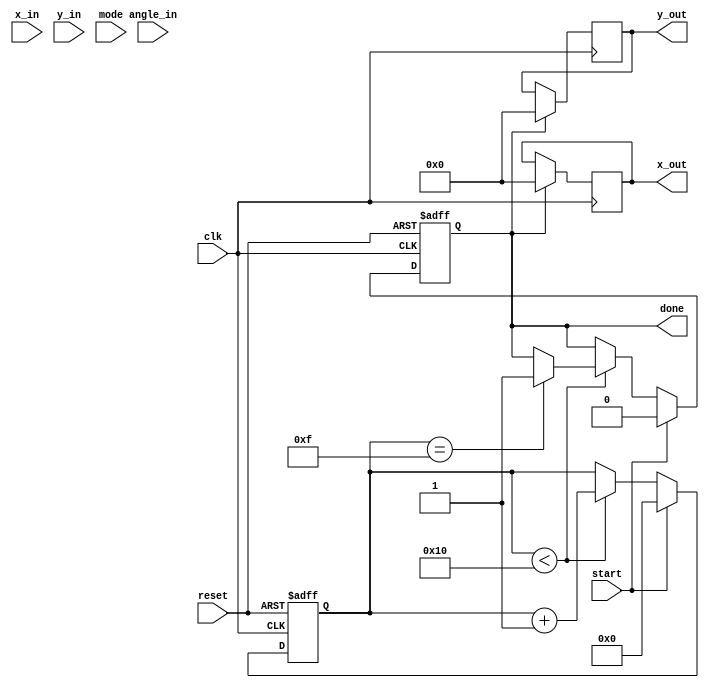
module cordic (
    input wire clk,
    input wire reset,
    input wire [15:0] x_in,      // Fixed-point x component
    input wire [15:0] y_in,      // Fixed-point y component
    input wire [15:0] angle_in,  // Fixed-point angle input (for rotation mode)
    input wire mode,             // 0 for rotation mode, 1 for vectoring mode
    input wire start,            // Start signal for processing
    output reg [15:0] x_out,     // Output x component (cosine or x result)
    output reg [15:0] y_out,     // Output y component (sine or y result)
    output reg done              // Processing done signal
);

parameter NUM_ITERATIONS = 16;  // Number of CORDIC iterations
parameter FIXED_POINT_SCALE = 16'h000B8D; // Scaling factor (1/K)

reg [15:0] x_reg, y_reg, z_reg;
reg [3:0] iteration_count;
reg [NUM_ITERATIONS-1:0] angle_lut [0:NUM_ITERATIONS-1]; // LUT for arctangent values

initial begin
    // Initializing the arctangent LUT for CORDIC gains
    angle_lut[0] = 16'h0001C7; // atan(2^-0) = 45 degrees in fixed-point
    angle_lut[1] = 16'h0000B5; // atan(2^-1) = 26.565 degrees in fixed-point
    angle_lut[2] = 16'h00005C; // atan(2^-2) = 14.036 degrees in fixed-point
    angle_lut[3] = 16'h00002E; // atan(2^-3) = 7.125 degrees in fixed-point
    // Continue initializing as needed...
end

always @(posedge clk or posedge reset) begin
    if (reset) begin
        x_reg <= 0;
        y_reg <= 0;
        z_reg <= 0;
        iteration_count <= 0;
        done <= 0;
    end else if (start) begin
        // Initialize values based on mode
        if (mode == 0) begin // Rotation mode
            x_reg <= x_in;
            y_reg <= y_in;
            z_reg <= angle_in;
        end else begin // Vectoring mode
            x_reg <= x_in;
            y_reg <= y_in;
            z_reg <= 0; // No initial angle
        end
        
        iteration_count <= 0;
        done <= 0;
    end else if (iteration_count < NUM_ITERATIONS) begin
        if (mode == 0) begin // Rotation mode
            if (z_reg < 0) begin
                // Rotate counterclockwise
                x_reg <= x_reg + (y_reg >> iteration_count);
                y_reg <= y_reg - (x_reg >> iteration_count);
                z_reg <= z_reg + angle_lut[iteration_count];
            end else begin
                // Rotate clockwise
                x_reg <= x_reg - (y_reg >> iteration_count);
                y_reg <= y_reg + (x_reg >> iteration_count);
                z_reg <= z_reg - angle_lut[iteration_count];
            end
        end else begin // Vectoring mode
            if (y_reg < 0) begin
                // Rotate counterclockwise
                x_reg <= x_reg + (y_reg >> iteration_count);
                y_reg <= y_reg + (x_reg >> iteration_count);
                z_reg <= z_reg - angle_lut[iteration_count];
            end else begin
                // Rotate clockwise
                x_reg <= x_reg - (y_reg >> iteration_count);
                y_reg <= y_reg - (x_reg >> iteration_count);
                z_reg <= z_reg + angle_lut[iteration_count];
            end
        end
        
        iteration_count <= iteration_count + 1;
        
        // Check if the last iteration is done
        if (iteration_count == NUM_ITERATIONS - 1) begin
            done <= 1;
        end
    end
end

// Scaling factor adjustment after iterations
always @(posedge clk) begin
    if (done) begin
        x_out <= (x_reg * FIXED_POINT_SCALE) >> 16;
        y_out <= (y_reg * FIXED_POINT_SCALE) >> 16;
    end
end

endmodule